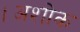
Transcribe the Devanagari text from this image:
।अशोक